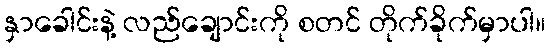
နှာခေါင်းနဲ့ လည်ချောင်းကို စတင် တိုက်ခိုက်မှာပါ။